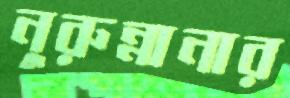
নুরুন্নানার